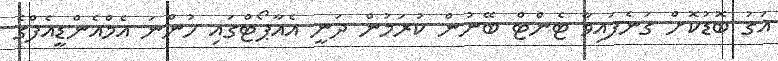
އަގު ބޮޑުކޮށް ގަނެފައިވާ ޓެންޓް ބޭނުން ކުރަމުން ދަނީ އެއާޕޯޓްގައި ހުންނަ އެމްއެންޑީއެފްގެ